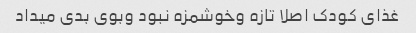
غذای کودک اصلا تازه وخوشمزه نبود وبوی بدی میداد